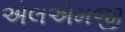
એલએમજી